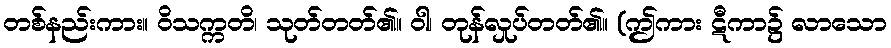
တစ်နည်းကား။ ဝိသက္ကတိ၊ သုတ်တတ်၏။ ဝါ၊ တုန်လှုပ်တတ်၏။ (ဤကား ဋီကာ၌ လာသော